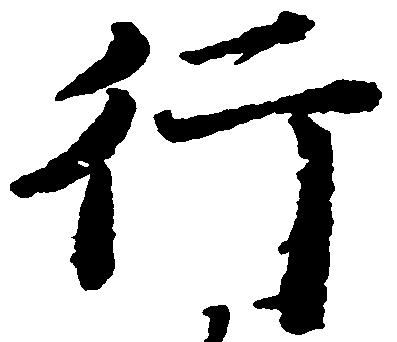
行